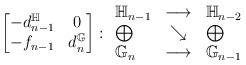
LaTeX: \begin{align*}\begin{bmatrix}- d_{n-1}^{\mathbb{H}} & 0 \\- f_{n-1} & d_n^{\mathbb{G}}\end{bmatrix} : {\begin{array}{lcl}\mathbb{H}_{n-1} & \longrightarrow & \mathbb{H}_{n-2} \\\bigoplus & \searrow & \bigoplus \\\mathbb{G}_n & \longrightarrow & \mathbb{G}_{n-1}\end{array}}\end{align*}